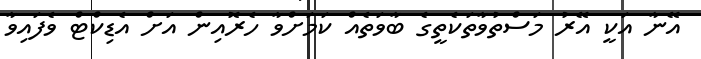
އޭނާ އަކީ އޭރު މަސްތުވާތަކެތީގެ ބާވަތެއް ކަމަށްވާ ހެރޮއިން އަށް އެޑިކްޓް ވެފައިވާ